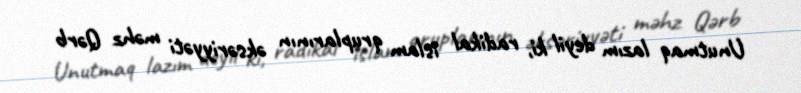
Unutmaq lazım deyil ki, radikal islam qruplarının əksəriyyəti məhz Qərb